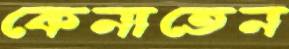
কেনাতেন